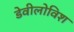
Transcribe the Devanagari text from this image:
डेवीलोविश